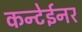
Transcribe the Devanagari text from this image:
कन्टेईनर